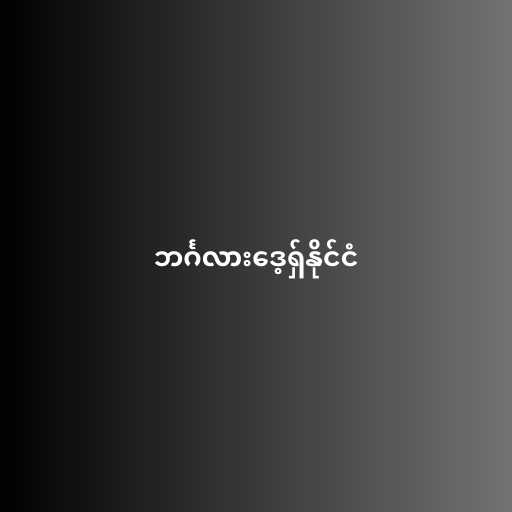
ဘင်္ဂလားဒေ့ရှ်နိုင်ငံ